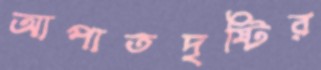
আপাতদৃষ্টির